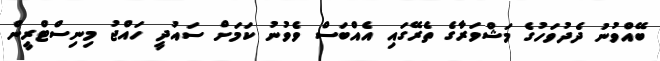
ބޭއްވުނު ދެދުވަހުގެ މަޝްވަރާގެ ތެރޭގައި އެއްބަސް ވެވުނު ކަމަށް ސައުދީ ހައްޖު މިނިސްޓްރީން